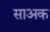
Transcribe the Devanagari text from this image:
साअक